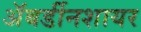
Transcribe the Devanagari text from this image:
अॅबर्डीनशायर